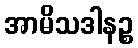
အာမိသဒါနဉ္စ